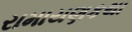
રામાયણકથા